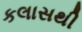
કલાસથી